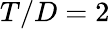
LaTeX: T/D=2